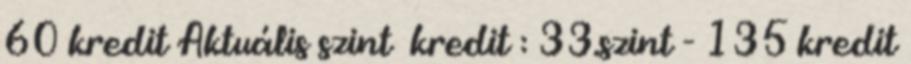
60 kredit Aktuális szint kredit : 33.szint - 135 kredit